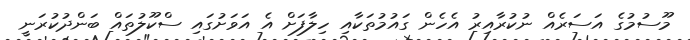
މޫސުމުގެ އަސަރެއް ނުކުރާއިރު އެހެން ގައުމުތަކާއި ހިލާފަށް އެ އަވަށުގައި ސްކޫލުތައް ބަންދުކުރަނީ